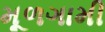
મૂળગામી